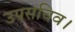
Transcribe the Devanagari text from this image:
उपसचिव।